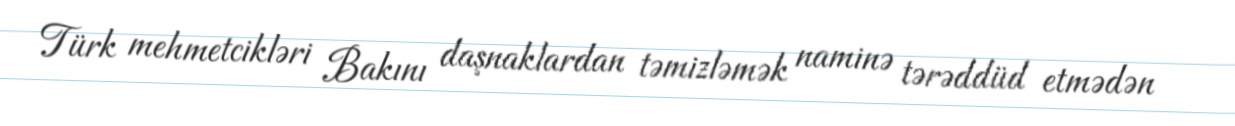
Türk mehmetcikləri Bakını daşnaklardan təmizləmək naminə tərəddüd etmədən